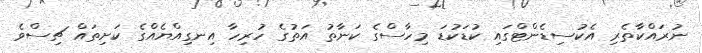
ނުރައްކާތެރި އެކުސިޑެންޓްގައި ކުޑަކުޑަ މިހާސްގެ ކަނާތު އަތުގެ ހުރިހާ އިނގިއްޔެއްގެ ކަށިތައް ޗިސްވެ